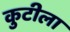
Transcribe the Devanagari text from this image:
कुटीला